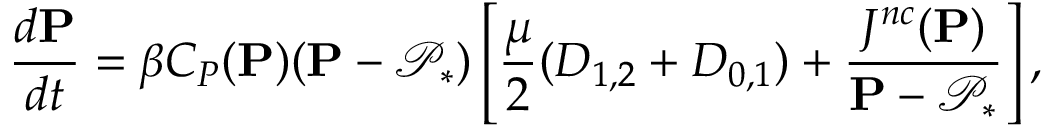
{ \frac { d \mathbf { P } } { d t } } = \beta C _ { P } ( \mathbf { P } ) ( \mathbf { P } - \mathcal { P } _ { * } ) \left[ \frac { \mu } { 2 } ( D _ { 1 , 2 } + D _ { 0 , 1 } ) + \frac { J ^ { n c } ( \mathbf { P } ) } { \mathbf { P } - \mathcal { P } _ { * } } \right] ,